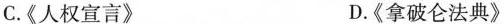
C.《人权宣言》 D.《拿破仑法典》